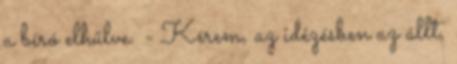
a bíró elhűlve. - Kérem, az idézésben az állt,